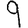
Digit: 9